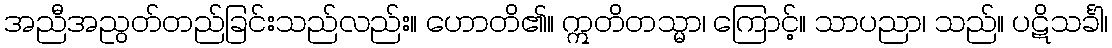
အညီအညွတ်တည်ခြင်းသည်လည်း။ ဟောတိ၏။ ဣတိတသ္မာ၊ ကြောင့်။ သာပညာ၊ သည်။ ပဋိသင်္ခါ၊